Indian journal of veterinary science and animal husbandry - Volume 7,
Year: 1937
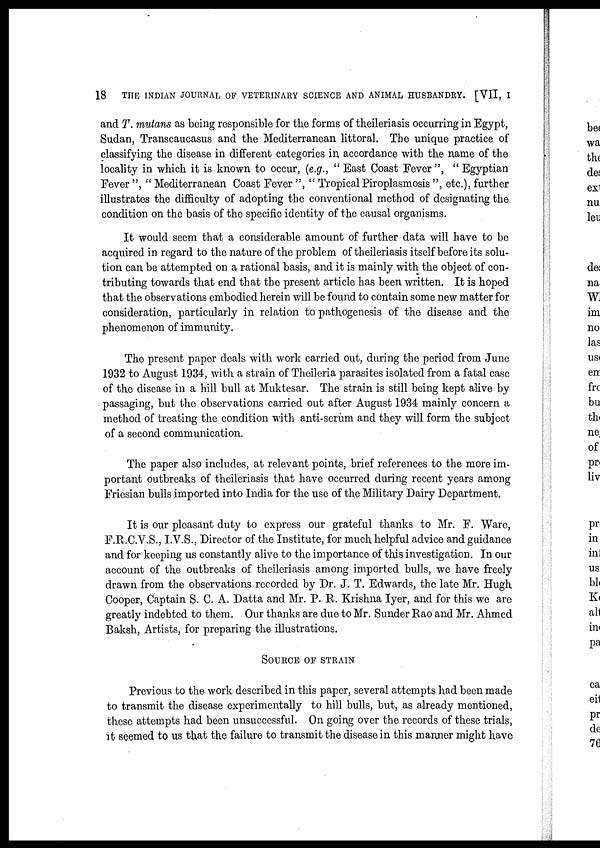
18
THE INDIAN JOURNAL OF VETERINARY SCIENCE AND ANIMAL HUSBANDRY. [VII, I
and T. mutans as being responsible for the forms of theileriasis occurring in Egypt,
Sudan, Transcaucasus and the Mediterranean littoral. The unique practice of
classifying the disease in different categories in accordance with the name of the
locality in which it is known to occur, (e.g., " East Coast Fever ", " Egyptian
Fever ", " Mediterranean Coast Fever ", " Tropical Piroplasmosis ", etc.), further
illustrates the difficulty of adopting the conventional method of designating the
condition on the basis of the specific identity of the causal organisms.
It would seem that a considerable amount of further data will have to be
acquired in regard to the nature of the problem of theileriasis itself before its solu-
tion can be attempted on a rational basis, and it is mainly with the object of con-
tributing towards that end that the present article has been written. It is hoped
that the observations embodied herein will be found to contain some new matter for
consideration, particularly in relation to pathogenesis of the disease and the
phenomenon of immunity.
The present paper deals with work carried out, during the period from June
1932 to August 1934, with a strain of Theileria parasites isolated from a fatal case
of the disease in a hill bull at Muktesar. The strain is still being kept alive by
passaging, but the observations carried out after August 1934 mainly concern a
method of treating the condition with anti-serum and they will form the subject
of a second communication.
The paper also includes, at relevant points, brief references to the more im-
portant outbreaks of theileriasis that have occurred during recent years among
Friesian bulls imported into India for the use of the Military Dairy Department.
It is our pleasant duty to express our grateful thanks to Mr. F. Ware,
F.R.C.V.S., I.V.S., Director of the Institute, for much helpful advice and guidance
and for keeping us constantly alive to the importance of this investigation. In our
account of the outbreaks of theileriasis among imported bulls, we have freely
drawn from the observations recorded by Dr. J. T. Edwards, the late Mr. Hugh
Cooper, Captain S. C. A. Datta and Mr. P. R. Krishna Iyer, and for this we are
greatly indebted to them. Our thanks are due to Mr. Sunder Rao and Mr. Ahmed
Baksh, Artists, for preparing the illustrations.
SOURCE OF STRAIN
Previous to the work described in this paper, several attempts had been made
to transmit the disease experimentally to hill bulls, but, as already mentioned,
these attempts had been unsuccessful. On going over the records of these trials,
it seemed to us that the failure to transmit the disease in this manner might have